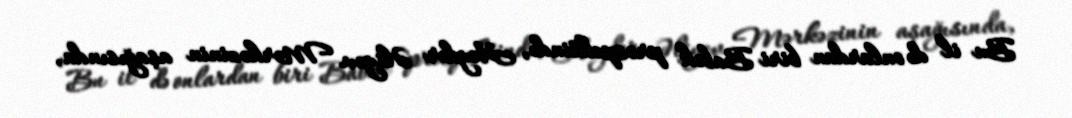
Bu il də onlardan biri Babək prospektində, Heydər Əliyev Mərkəzinin aşağısında,